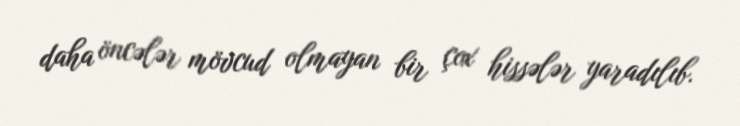
daha öncələr mövcud olmayan bir çox hissələr yaradılıb.